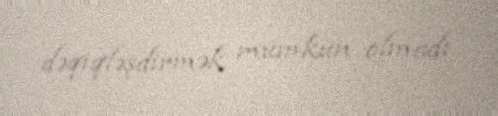
dəqiqləşdirmək mümkün olmadı.